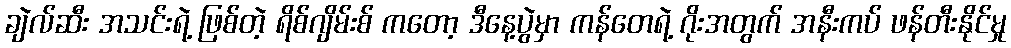
ချဲလ်ဆီး အသင်းရဲ့ ဖြစ်တဲ့ ရိစ်ဂျိမ်းစ် ကတော့ ဒီနေ့ပွဲမှာ ကန်တေရဲ့ ဂိုးအတွက် အနီးကပ် ဖန်တီးနိုင်မှု